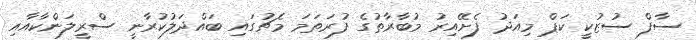
ސާފް ސުޒުކީ ކަޕް މިއަދު ފެށޭއިރު މުބާރާތުގެ ފުރަތަމަ މެޗުގައި ބައްދަލުކުރާނީ ސްރީލަންކާއާއި